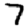
Digit: 7